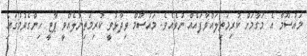
މައުސޫމް އެ މަގާމަށް ކުރިމަތިލައްވާފައެއް ނުވެއެވެ. މައުސޫމް ވިދާޅުވީ ކުރިމަތިނުލެއްވީ ޕާޓީ ހިންގެވުމުގައި